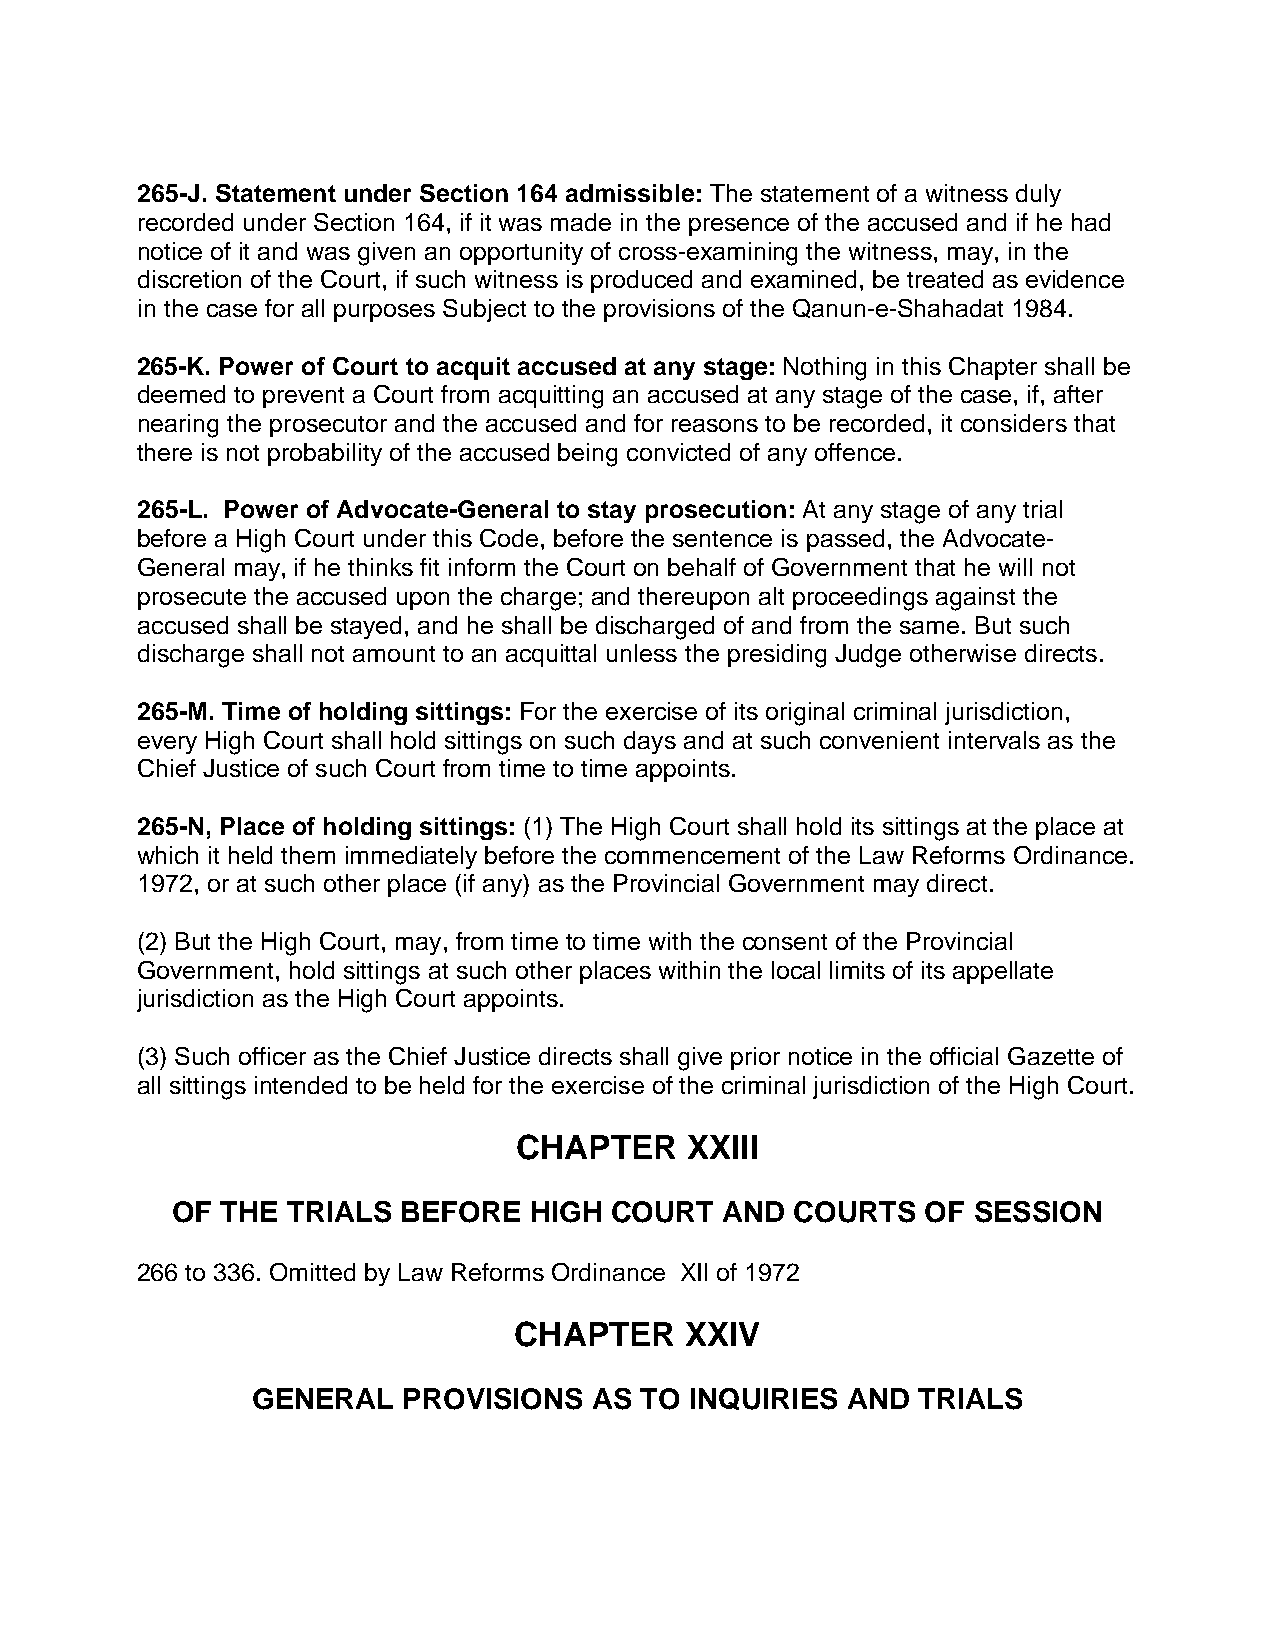
265-J. Statement under Section 164 admissible: The statement of a witness duly
 recorded under Section 164, if it was made in the presence of the accused and if he had
 notice of it and was given an opportunity of cross-examining the witness, may, in the
 discretion of the Court, if such witness is produced and examined, be treated as evidence
 in the case for all purposes Subject to the provisions of the Qanun-e-Shahadat 1984.
 265-K. Power of Court to acquit accused at any stage: Nothing in this Chapter shall be
 deemed to prevent a Court from acquitting an accused at any stage of the case, if, after
 nearing the prosecutor and the accused and for reasons to be recorded, it considers that
 there is not probability of the accused being convicted of any offence.
 265-L. Power of Advocate-General to stay prosecution: At any stage of any trial
 before a High Court under this Code, before the sentence is passed, the Advocate-
 General may, if he thinks fit inform the Court on behalf of Government that he will not
 prosecute the accused upon the charge; and thereupon alt proceedings against the
 accused shall be stayed, and he shall be discharged of and from the same. But such
 discharge shall not amount to an acquittal unless the presiding Judge otherwise directs.
 265-M. Time of holding sittings: For the exercise of its original criminal jurisdiction,
 every High Court shall hold sittings on such days and at such convenient intervals as the
 Chief Justice of such Court from time to time appoints.
 265-N, Place of holding sittings: (1) The High Court shall hold its sittings at the place at
 which it held them immediately before the commencement of the Law Reforms Ordinance.
 1972, or at such other place (if any) as the Provincial Government may direct.
 (2) But the High Court, may, from time to time with the consent of the Provincial
 Government, hold sittings at such other places within the local limits of its appellate
 jurisdiction as the High Court appoints.
 (3) Such officer as the Chief Justice directs shall give prior notice in the official Gazette of
 all sittings intended to be held for the exercise of the criminal jurisdiction of the High Court.
 CHAPTER    XXIII
 OF  THE TRIALS BEFORE   HIGH COURT   AND  COURTS  OF SESSION
 266 to 336. Omitted by Law Reforms Ordinance XIl of 1972
 CHAPTER    XXIV
 GENERAL   PROVISIONS  AS TO  INQUIRIES AND  TRIALS